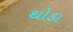
થોડા